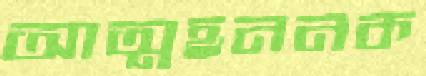
আত্মহননক